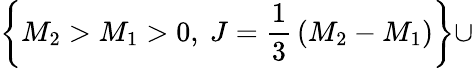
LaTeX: \left\{ M_{2}>M_{1}>0,~J={\frac{1}{3}}\left(M_{2}-M_{1}\right)\right\} \cup